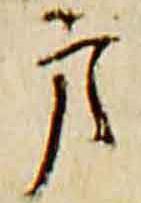
方